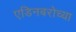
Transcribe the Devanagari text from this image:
एडिनबरोच्या